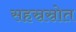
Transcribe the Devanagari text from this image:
सहस्रस्रोत